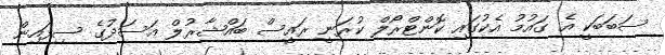
ސަބަބަކީ އެ ގައުމު އެކުގައި ކޮންޓްރޯލް ކުރަނީ ރައީސް ބައްޝާރުލް އަސަދުގެ ސިފައިން